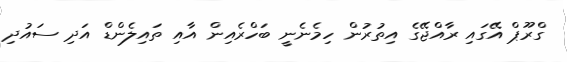
ގްރޫޕް އޭގައި ރާއްޖޭގެ އިތުރުން ހިމެނެނީ ބަހްރެއިން އާއި ތައިލެންޑް އަދި ސައުދި